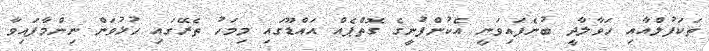
ތަކަފުލްއާއި ހަވާލާދީ ބުނެފައިވަނީ އެކުންފުނީގެ ގޮތްޕެއް އައްޑޫގައި މިމަހު ތެރޭގައި ހުޅުވަން ނިންމާފައިވާ